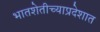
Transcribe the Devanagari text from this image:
भातशेतीच्याप्रदेशात